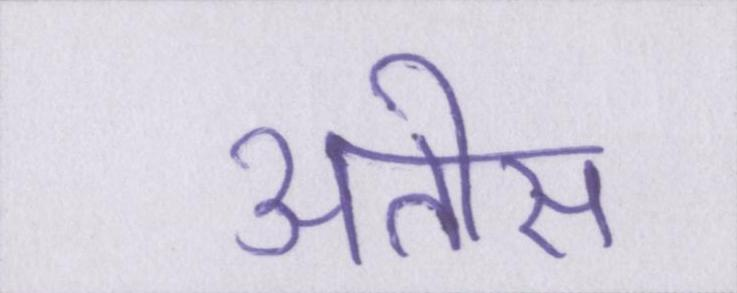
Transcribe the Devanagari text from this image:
अतीस